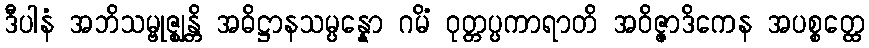
ဒီပါနံ အဘိသမ္ဗုဇ္ဈန္တိ အဓိဋ္ဌာနသမ္ပန္နော ဂမိံ ဝုတ္တပ္ပကာရာတိ အဝိဇ္ဇာဒိကေန အပစ္စတ္ထေ